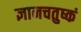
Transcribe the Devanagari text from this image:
ज्ञानचतुष्कं